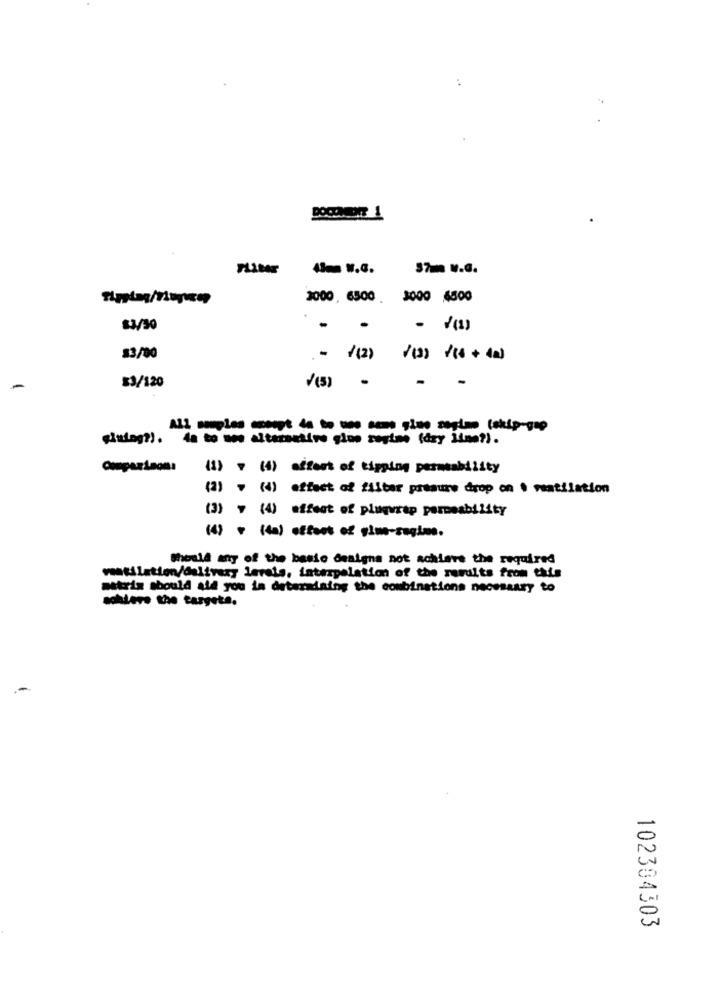
Filter
43 w.G.
37mm w.G.
2000, 6500 . 3000 4500
83/30
. .
- (1)
83/00
.- (2)
1(3) 110+ da)
83/120
-
-
All samples mot de to us some sino segian takip-gep
sister?).
da to ses alternative gine sagte (dry isme?).
(1) + (4) effect of tipping permeability
(2) + (4) effect of filber presure drop on * ventilation
(3) = (4) offent of playwrap permeability
(1) + (ta) effect of gine-sagles.
Should any of the basic designa not achieve the required
ventilation/delivery levels, interpelation of the results from this
matrix should ald you in determining the combinations necessary to
soklere the targets.
102304303